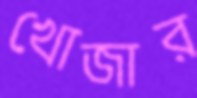
খোজার